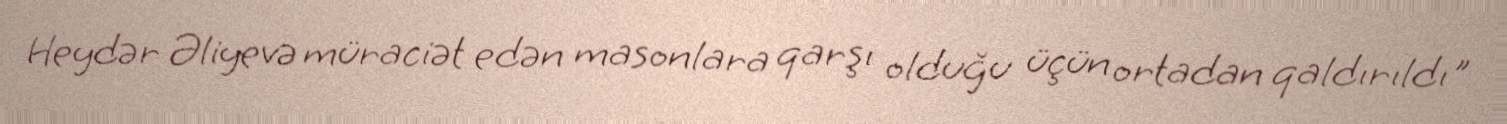
Heydər Əliyevə müraciət edən masonlara qarşı olduğu üçün ortadan qaldırıldı"